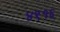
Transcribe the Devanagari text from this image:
४९१६